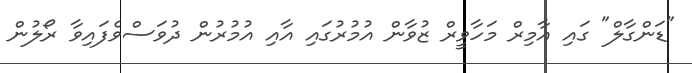
"ޑަންގާލް" ގައި އާމިރް މަހާވީރް ޒުވާން އުމުރުގައި އާއި އުމުރުން ދުވަސްވެފައިވާ ރޯލުން